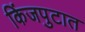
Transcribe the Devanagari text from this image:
किंजपुटात